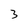
Character: 3